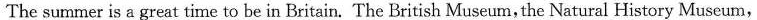
The summer is a great time to be in Britain. The British Museum,the Natural History Museum,